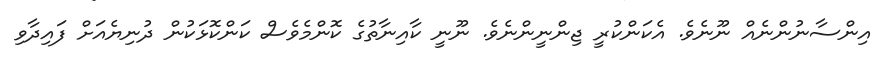
އިންސާނުންނެއް ނޫނެވެ. އެކަންކުރީ ޖިންނީންނެވެ. ނޫނީ ކާއިނާތުގެ ކޮންމެވެސް ކަންކޮޅަކުން ދުނިޔެއަށް ފައިދާވި